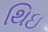
થિઇ